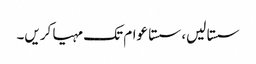
سستا لیں، سستا عوام تک مہیا کریں۔